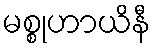
မစ္စုဟာယိနီ